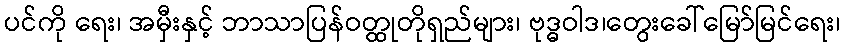
ပင်ကို ရေး၊ အမှီးနှင့် ဘာသာပြန်ဝတ္ထုတိုရှည်များ၊ ဗုဒ္ဓဝါဒ၊တွေးခေါ်မြော်မြင်ရေး၊